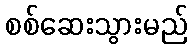
စစ်ဆေးသွားမည်